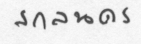
สกลนคร